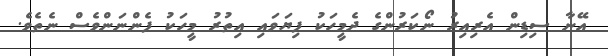
އޭނާ ސިޑިން އެރިއިރު ނޯކަރުންގެ ދެމީހަކު ފިޔަވައި އިތުރު މީހަކު ފެންނަންވެސް ނެތެވެ.